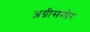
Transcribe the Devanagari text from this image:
अग्नीसमोर